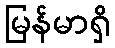
မြန်မာရှိ